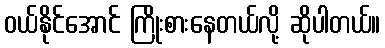
ဝယ်နိုင်အောင် ကြိုးစားနေတယ်လို့ ဆိုပါတယ်။